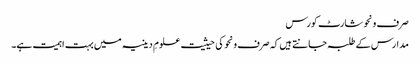
صرف ونحو شارٹ کورس
مدارس کے طلبہ جانتے ہیں کہ صرف ونحو کی حیثیت علومِ دینیہ میں بہت اہمیت ہے۔